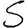
Digit: 5